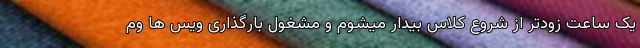
یک ساعت زودتر از شروع کلاس بیدار میشوم و مشغول بارگذاری ویس ها وم